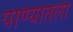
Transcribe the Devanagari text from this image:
पाण्यातला